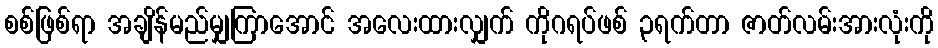
စစ်ဖြစ်ရာ အချိန်မည်မျှကြာအောင် အလေးထားလျှက် ကိုဂရပ်ဖစ် ၃ရက်တာ ဇာတ်လမ်းအားလုံးကို